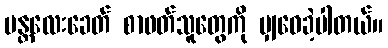
မန္တလေးခေတ် စာဖတ်သူတွေကို မျှဝေခဲ့ပါတယ်။